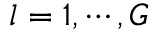
l = 1 , \cdots , G